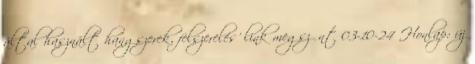
által használt hangszerek, felszerelés' link megszűnt 03-10-24 Honlap: új